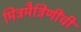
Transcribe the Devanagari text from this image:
मित्रमैत्रिणींची